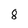
Character: 8